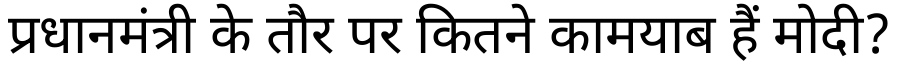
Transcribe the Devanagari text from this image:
प्रधानमंत्री के तौर पर कितने कामयाब हैं मोदी?